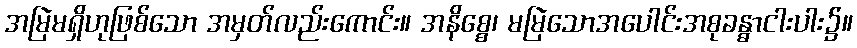
အမြဲမရှိဟုဖြစ်သော အမှတ်လည်းကောင်း။ အနိစ္စေ၊ မမြဲသောအပေါင်းအစုခန္ဓာငါးပါး၌။